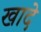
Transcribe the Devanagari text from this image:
खादे